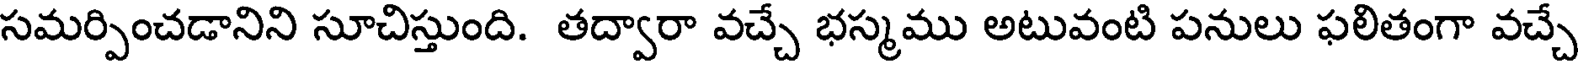
సమర్పించడానిని సూచిస్తుంది. తద్వారా వచ్చే భస్మము అటువంటి పనులు ఫలితంగా వచ్చే